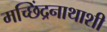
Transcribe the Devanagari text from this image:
मच्छिंद्रनाथाशी